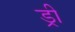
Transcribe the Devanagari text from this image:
ड्री